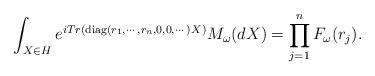
LaTeX: \begin{align*}\int_{X \in H}^{}e^{iTr(\textnormal{diag}(r_1,\cdots,r_n,0,0,\cdots)X)}M_{\omega}(dX)=\prod_{j=1}^{n}F_{\omega}(r_j).\end{align*}